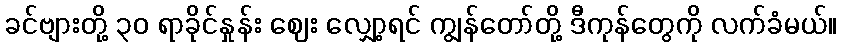
ခင်ဗျားတို့ ၃၀ ရာခိုင်နှုန်း ဈေး လျှော့ရင် ကျွန်တော်တို့ ဒီကုန်တွေကို လက်ခံမယ်။